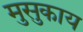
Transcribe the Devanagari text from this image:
मुसुकाय